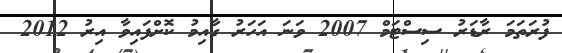
ފުރަތަމަ ރާޑަރު ސިސްޓަމް 2007 ވަނަ އަހަރު ގާއިމު ކޮށްފައިވާ އިރު 2012